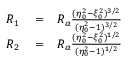
\begin{array} { r l r } { R _ { 1 } } & { { } = } & { R _ { a } \frac { ( \eta _ { 0 } ^ { 2 } - \xi _ { 0 } ^ { 2 } ) ^ { 3 / 2 } } { ( \eta _ { 0 } ^ { 2 } - 1 ) ^ { 3 / 2 } } } \\ { R _ { 2 } } & { { } = } & { R _ { a } \frac { ( \eta _ { 0 } ^ { 2 } - \xi _ { 0 } ^ { 2 } ) ^ { 1 / 2 } } { ( \eta _ { 0 } ^ { 2 } - 1 ) ^ { 1 / 2 } } } \end{array}